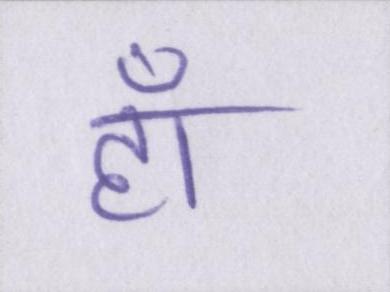
हाँ